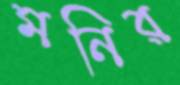
মনির